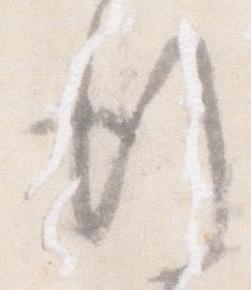
行